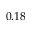
0 . 1 8